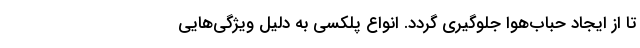
تا از ایجاد حباب‌هوا جلوگیری گردد. انواع پلکسی به دلیل ویژگی‌هایی